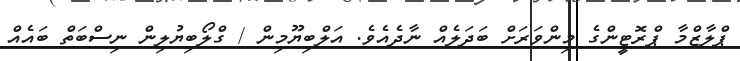
ޕްލާޒްމާ ޕްރޮޓީންގެ މިންވަރަށް ބަދަލެއް ނާދެއެވެ. އަލްބިޔޫމިން / ގްލޯބިޔުލިން ނިސްބަތް ބައެއް